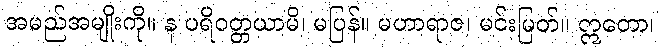
အမည်အမျိုးကို။ န ပရိဝတ္တယာမိ၊ မပြန်။ မဟာရာဇ၊ မင်းမြတ်။ ဣတော၊